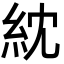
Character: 紞